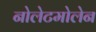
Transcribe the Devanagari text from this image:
नोलेटमोलेन